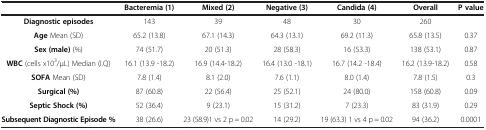
|  | Bacteremia (1) | Mixed (2) | Negative (3) | Candida (4) | Overall | P value |
 | --- | --- | --- | --- | --- | --- | --- |
 | Diagnostic episodes | 143 | 39 | 48 | 30 | 260 |  |
 | Age Mean (SD) | 65.2 (13.8) | 67.1 (14.3) | 64.3 (13.1) | 69.2 (11.3) | 65.8 (13.5) | 0.37 |
 | Sex (male) (%) | 74 (51.7) | 20 (51.3) | 28 (58.3) | 16 (53.3) | 138 (53.1) | 0.87 |
 | WBC (cells x103/μL) Median (I.Q) | 16.1 (13.9 -18.2) | 16.9 (14.4-18.2) | 16.4 (13.0 -18.1) | 16.7 (14.2 -18.4) | 16.2 (13.9-18.2) | 0.58 |
 | SOFA Mean (SD) | 7.8 (1.4) | 8.1 (2.0) | 7.6 (1.1) | 8.0 (1.4) | 7.8 (1.5) | 0.3 |
 | Surgical (%) | 87 (60.8) | 22 (56.4) | 25 (52.1) | 24 (80.0) | 158 (60.8) | 0.09 |
 | Septic Shock (%) | 52 (36.4) | 9 (23.1) | 15 (31.2) | 7 (23.3) | 83 (31.9) | 0.29 |
 | Subsequent Diagnostic Episode % | 38 (26.6) | 23 (58.9)1 vs 2 p = 0.02 | 14 (29.2) | 19 (63.3) 1 vs 4 p = 0.02 | 94 (36.2) | 0.0001 |